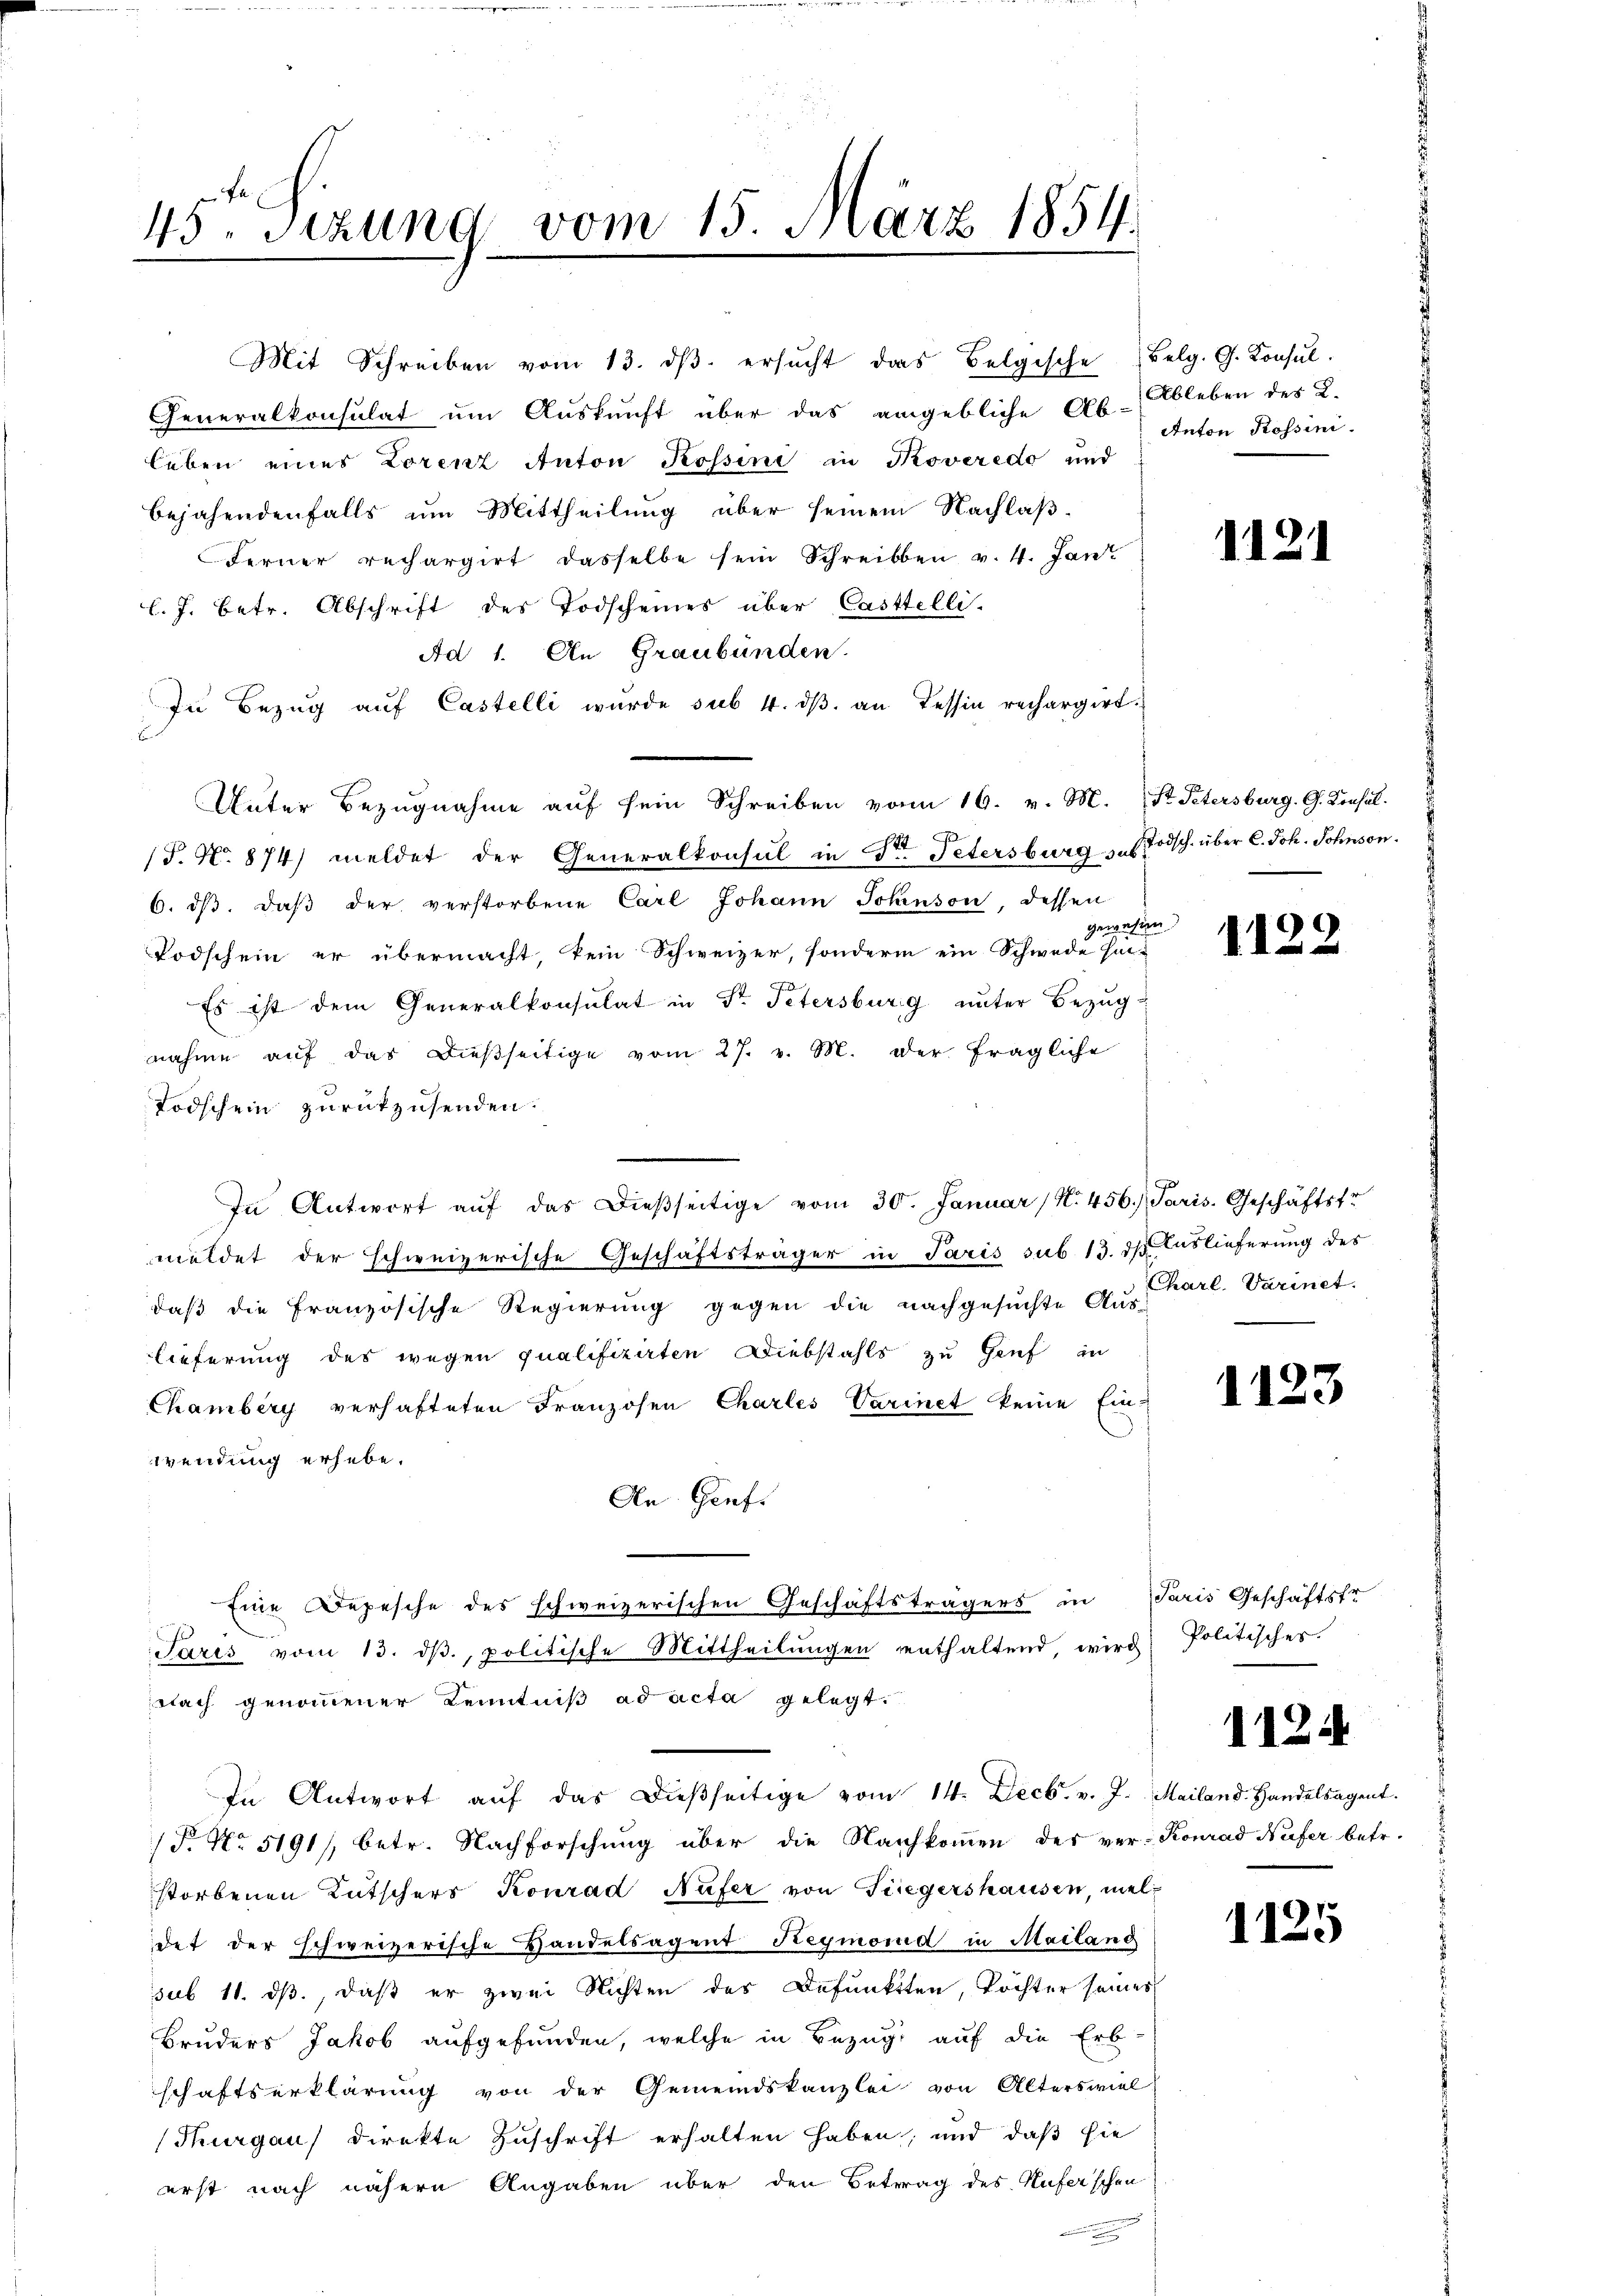
45te Sizung vom 15. März 1854.

Mit Schreiben vom 13. dβ. ersŭcht das Belgische Belg. G. Consul
Generalkonsulat ŭm Aŭskŭnft über das angebliche Ab- Ableben des L.
leben eines Lorenz Anton Rossini in Koveredo und
bejahendenfalls um Mittheilung über seinem Nachlaß¬
Ferner rechargirt dasselbe sein Schreiben v. 4. Jan
l. J. betr. Abschrift des Todscheines über Castelli-
Ad 1. An Graubünden.
In Bezug auf Castelli wurde sub 4. dβ an Tessin rechargirt.
Unter Bezugnahme auf sein Schreiben vom 16. v. M. Pr. Petersburg. G. Konsul-
(P. No. 874) meldet der Generalkonsul in Dr. Petersburg (Todsch. über C. Joh. Sohnson.
6. dβ. daβ der verstorbene Carl Johann Jokinson, dessen
gewesen
Podschein er übermacht, kein Schweizer, sondern ein Schwede Ent-
Es ist dem Generalkonsulat in Dr. Petersburg unter Bezŭg
nahme aŭf das dießseitige vom 27. v. M. der fragliche
Todschein zurückzusenden.
In Antwort aŭf das dieβseitige vom 30. Januar (N. 456. Paris. Geschäftsfr
meldet der schweizerische Geschäftsträger in Paris sub 13. ds Auslieferung des
daß die französische Regierung gegen die nachgesuchte Aus-
lieferung des wegen qualifizirten Diebstahls zu Genf in
Chamberg verhafteten Franzosen Charles Varinet keine Ein-
wendung erhebe.
An Genf.
Eine Depesche des schweizerischen Geschäftsträgers in Paris Geschäftsfr
Paris vom 13. dβ, politische Mittheilŭngen enthaltend, wird
nach genommener Kenntniß ad acta gelegt.
In Antwort aŭf das dieβseitige vom 14. Decbr. v. J. Mailand. Handelsagent.
F. No. 5191/, betr. Nachforschung über die Nachkommen der ver-Konrad Nufer betr.
storbenen Kutschers Konrad Nufer von Fliegershausen, meldet der schweizerische Handelsagent Reymond in Mailand
sub 11. ds., daß er zwei Nichten des Defunktten, Töchter seines
Bruders Jakob aufgefunden, welche in Bezug auf die Erb-
schaftserklärŭng von der Gemeindskanzlei von Alters viel
(Thurgau) Direkte Zuschrift erhalten haben, und daß sie
erst nach nähern Angaben über den Betrag des Huferschen

Anton Rossini.

1121

1122

Charl. Varinet.

1123

Politisches.

a

11.

2

1125